Scottish Leaving Certificate Examination, 1961
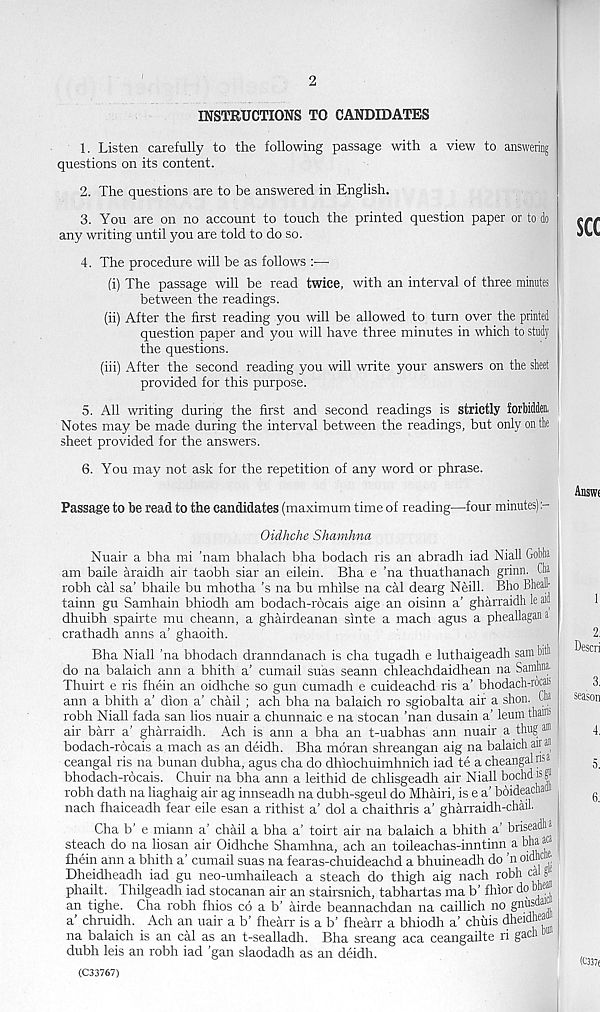
2
INSTRUCTIONS TO CANDIDATES
1. Listen carefully to the following passage with a view to answering
questions on its content.
2. The questions are to be answered in English.
3. You are on no account to touch the printed question paper or to do
any writing until you are told to do so.
4. The procedure will be as follows :—
(i) The passage will be read twice, with an interval of three minutes
between the readings.
(ii) After the first reading you will be allowed to turn over the printed
question paper and you will have three minutes in which to study
the questions.
(iii) After the second reading you will write your answers on the sheet
provided for this purpose.
5. All writing during the first and second readings is strictly forbidden.
Notes may be made during the interval between the readings, but only on the
sheet provided for the answers.
6. You may not ask for the repetition of any word or phrase.
Passage to be read to the candidates (maximum time of reading—four minutes)
Oidhche Shamhna
Nuair a bha mi ’nam bhalach bha bodach ris an abradh iad Niall Gobha
am baile araidh air taobh siar an eilein. Bha e 'na thuathanach grinn. Ck
robh cal sa’ bhaile bu mhotha's na bu mhilse na cal dearg Neill. Bho Bheall-
tainn gu Samhain bhiodh am bodach-rocais aige an oisinn a’ gharraidh le ait)
dhuibh spairte mu cheann, a ghairdeanan sinte a mach agus a pheallagana
crathadh aims a’ ghaoith.
Bha Niall 'na bhodach dranndanach is cha tugadh e luthaigeadh sam bith
do na balaich ann a bhith a’ cumail suas seann chleachdaidhean na Samjina.
Thuirt e ris fhein an oidhche so gun cumadh e cuideachd ris a’ bhodach-ro®
ann a bhith a’ dion a’ chail ; ach bha na balaich ro sgiobalta air a shon. tto
robh Niall fada san lios nuair a chunnaic e na stocan 'nan dusain a’ leum thaini
air barr a’ gharraidh. Ach is ann a bha an t-uabhas ann nuair a thug a®
bodach-rocais a mach as an deidh. Bha moran shreangan aig na balaich air a«
ceangal ris na bunan dubha, agus cha do dhiochuimhnich iad te a cheangalnsa
bhodach-rocais. Chuir na bha ann a leithid de chlisgeadh air Niall bochdisg"
robh dath na liaghaig air ag innseadh na dubh-sgeul do Mhairi, is e a’ boideacha®
nach fhaiceadh fear eile esan a rithist a’ dol a chaithris a’ gharraidh-chail.
Cha b’ e miann a’ chail a bha a’ toirt air na balaich a bhith a’ briseadli*
steach do na liosan air Oidhche Shamhna, ach an toileachas-inntinn a bha aca
fhein ann a bhith a’ cumail suas na fearas-chuideachd a bhuineadh do 'n oidWj)
Dheidheadh iad gu neo-umhaileach a steach do thigh aig nach robh caig
phailt. Thilgeadh iad stocanan air an stairsnich, tabhartas ma b’ fhior do bne
an tighe. Cha robh fhios co a b’ airde beannachdan na caillich no gnhsdai
a' chruidh. Ach an uair a b’ fhearr is a b’ fhearr a bhiodh a’ chuis dheidhea
na balaich is an cal as an t-sealladh. Bha sreang aca ceangailte ri gach b
dubh leis an robh iad 'gan slaodadh as an deidh.
(C33767)